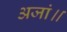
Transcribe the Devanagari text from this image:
अजां॥